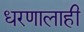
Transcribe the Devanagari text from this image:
धरणालाही